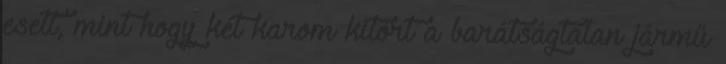
esett, mint hogy két karom kitört a barátságtalan jármű